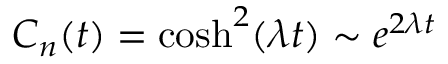
C _ { n } ( t ) = \cosh ^ { 2 } ( \lambda t ) \sim e ^ { 2 \lambda t }